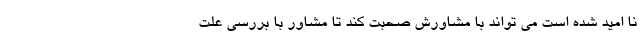
نا امید شده است می تواند با مشاورش صحبت کند تا مشاور با بررسی علت